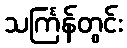
သင်္ကြန်တွင်း